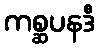
ကစ္ဆပနဒီ